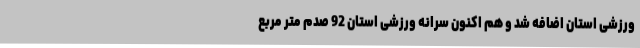
ورزشی استان اضافه شد و هم اکنون سرانه ورزشی استان 92 صدم متر مربع